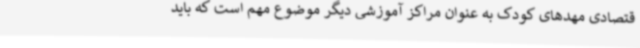
قتصادی مهدهای کودک به عنوان مراکز آموزشی دیگر موضوع مهم است که باید